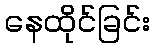
နေထိုင်ခြင်း